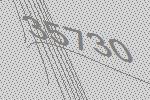
35730